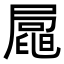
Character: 𡳟